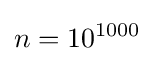
n=10^{1000}